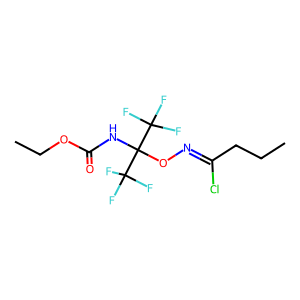
SMILES: CCCC(Cl)=NOC(NC(=O)OCC)(C(F)(F)F)C(F)(F)F
Inhibits HIV replication: No